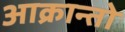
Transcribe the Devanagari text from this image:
आक्रान्तो